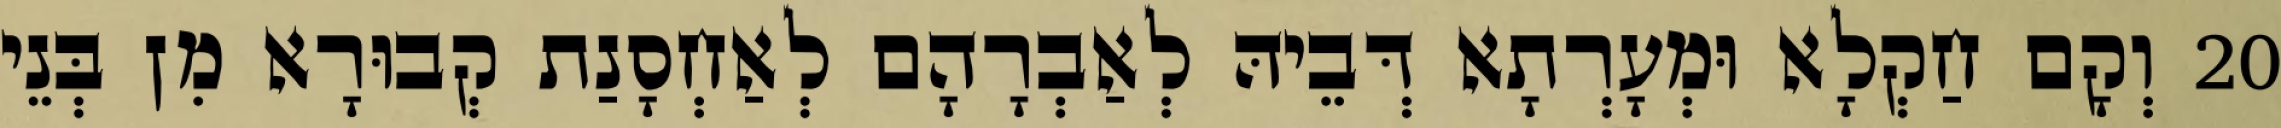
20 וְקָם חַקְלָא וּמְעָרְתָא דְּבֵיהּ לְאַבְרָהָם לְאַחְסָנַת קְבוּרָא מִן בְּנֵי